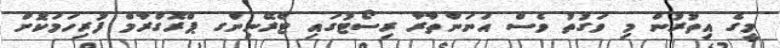
މީގެ އިތުރުން މި ވަގުތު ވެސް އަނަންތާރާ ރިސޯޓުގައި ޓްރޭނިންގ ޕްރޮގްރާމް ފުރިހަމަކޮށް